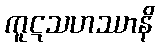
ကူဋသဟဿာနိ